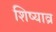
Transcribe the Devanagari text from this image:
शिष्याव्र